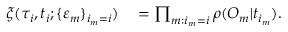
\begin{array} { r } { \begin{array} { r l } { \xi ( \tau _ { i } , t _ { i } ; \{ \varepsilon _ { m } \} _ { i _ { m } = i } ) } & { { } = \prod _ { m : i _ { m } = i } \rho ( O _ { m } | t _ { i _ { m } } ) . } \end{array} } \end{array}